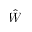
\hat { W }